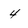
Character: 4